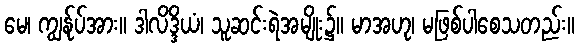
မေ၊ ကျွန်ုပ်အား။ ဒါလိဒ္ဒိယံ၊ သူဆင်းရဲအမျိုး၌။ မာအဟု၊ မဖြစ်ပါစေသတည်း။